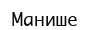
Манише